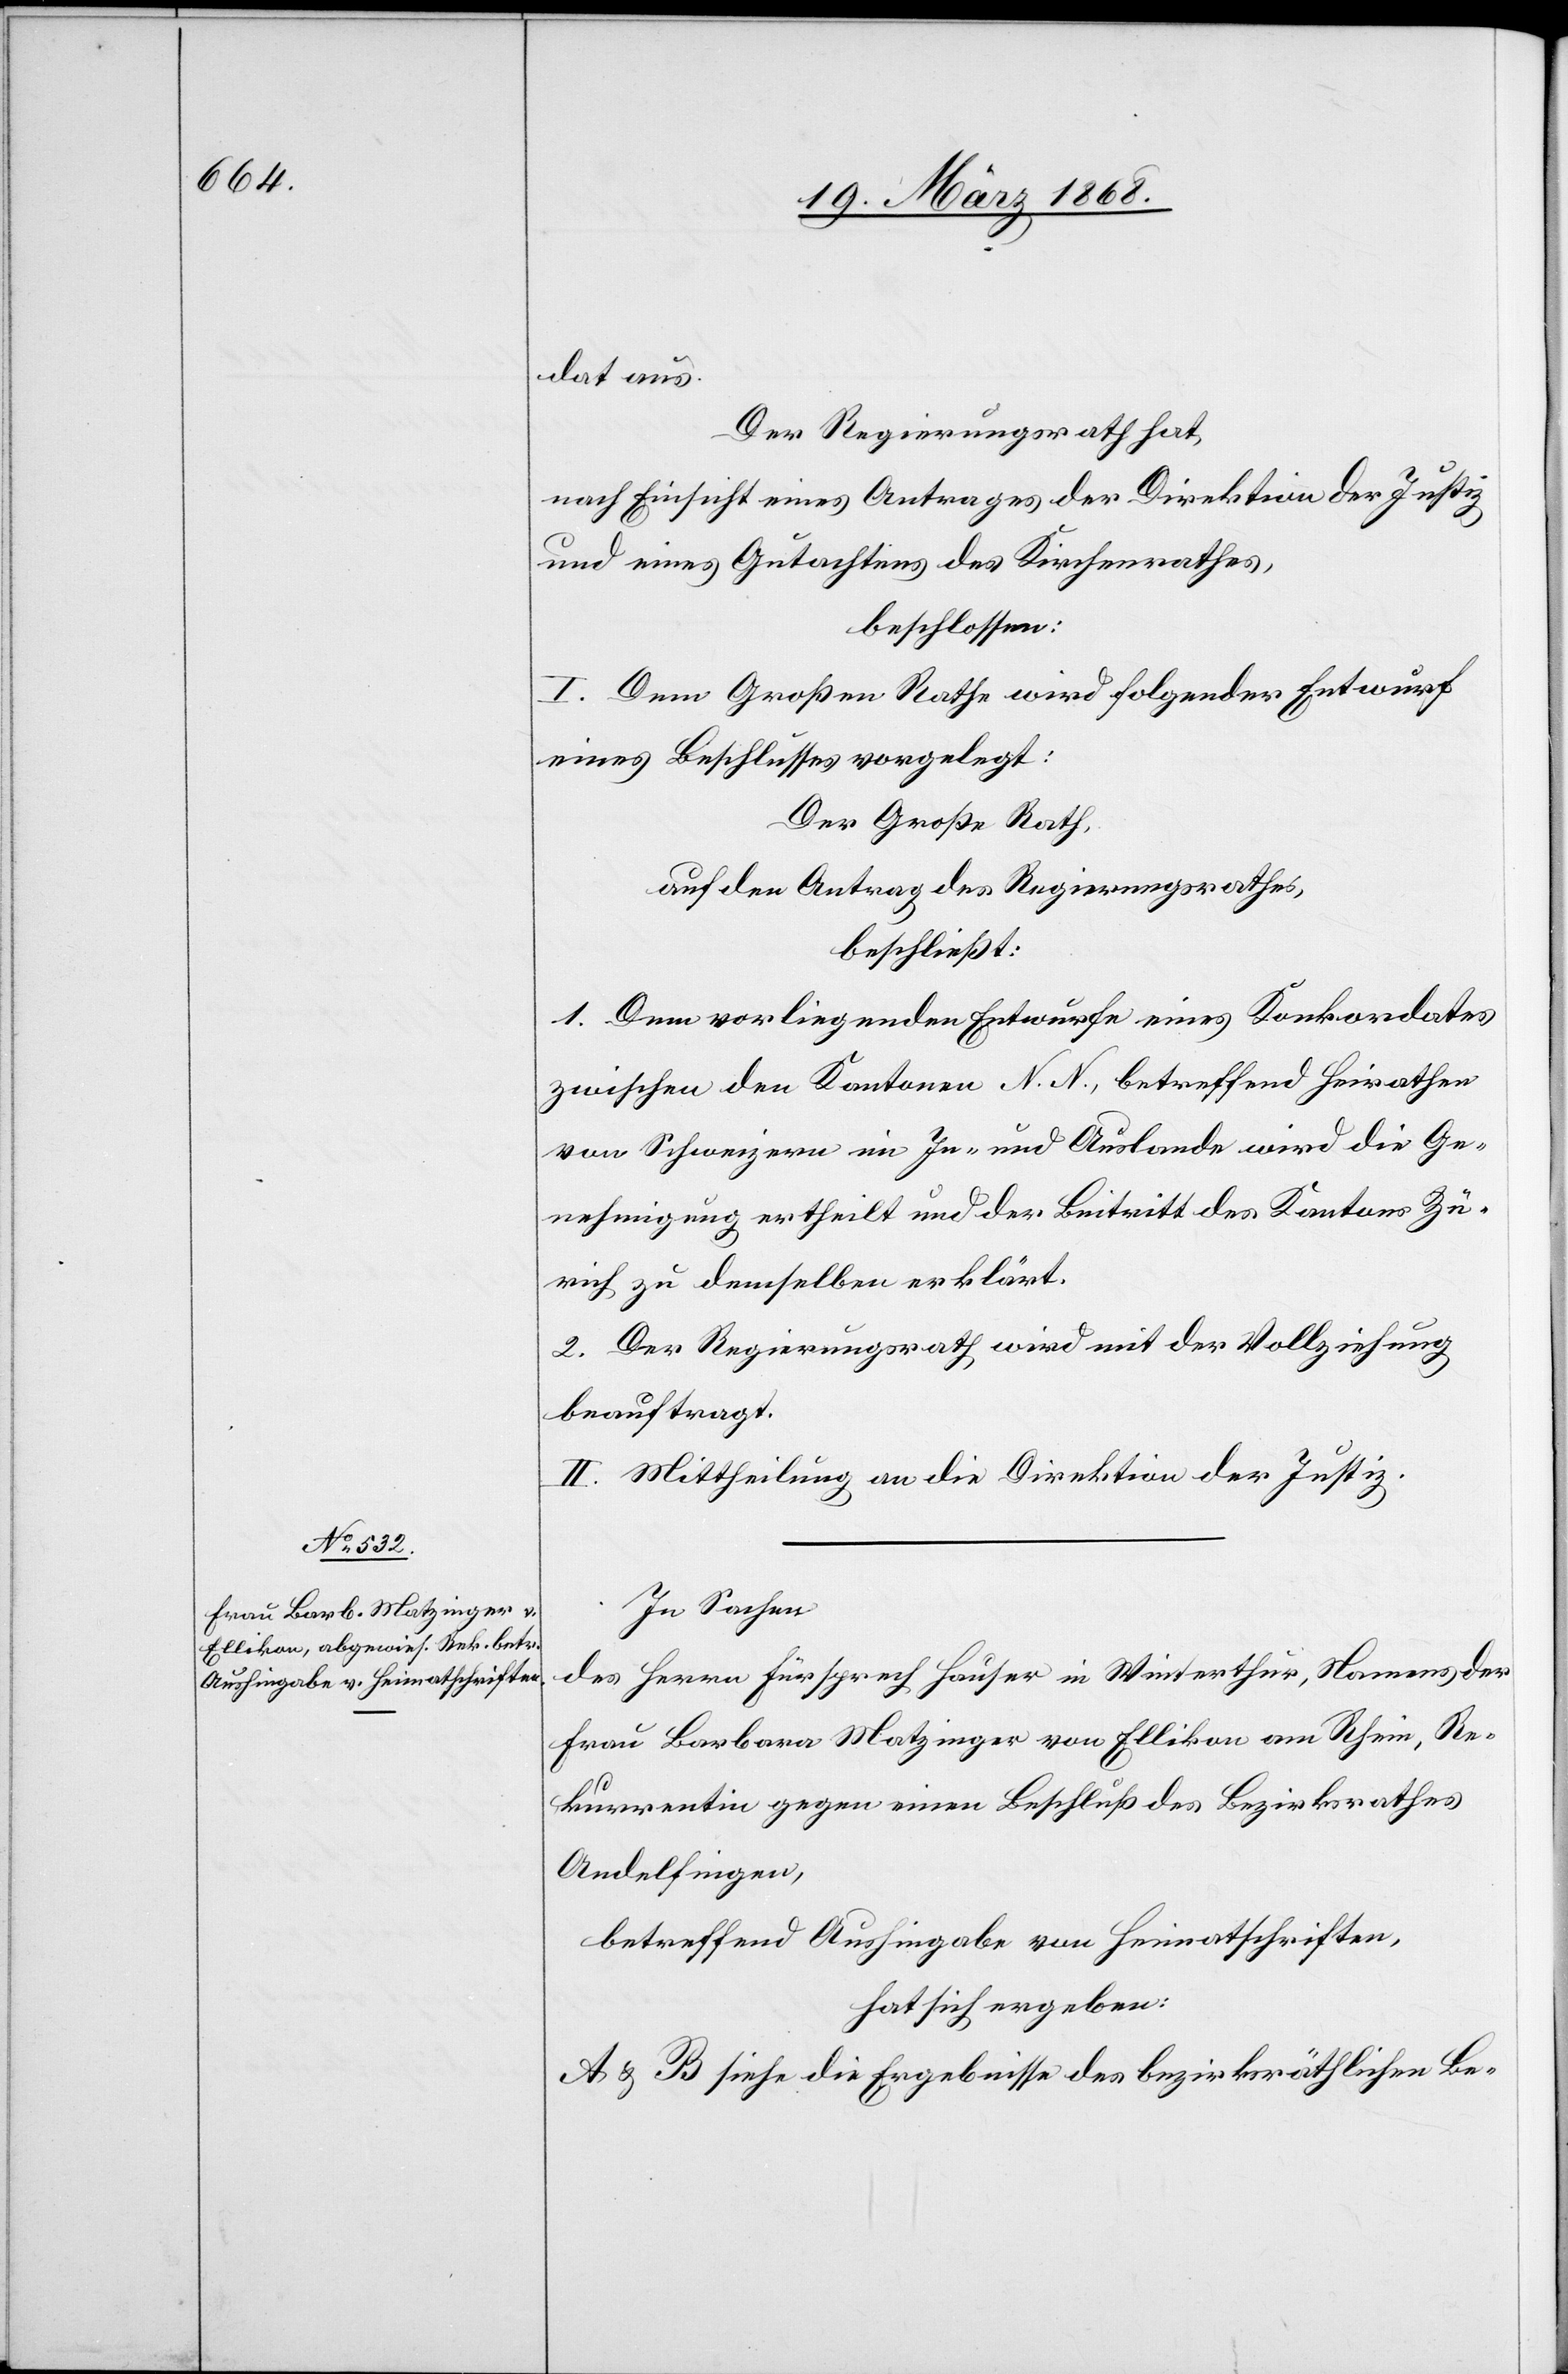
dat aus.
Der Regierungsrath hat,
nach Einsicht eines Antrages der Direktion der Justiz
und eines Gutachtens des Kirchenrathes,
beschlossen:
I. Dem Großen Rathe wird folgender Entwurf
eines Beschlusses vorgelegt:
Der Große Rath,
auf den Antrag des Regierungsrathes,
beschließt:
1. Dem vorliegenden Entwurfe eines Konkordates
zwischen den Kantonen N. N., betreffend Heirathen
von Schweizern im In- und Auslande wird die Ge¬
nehmigung ertheilt und der Beitritt des Kantons Zü¬
rich zu demselben erklärt.
2. Der Regierungsrath wird mit der Vollziehung
beauftragt.
II. Mittheilung an die Direktion der Justiz.
In Sachen
des Herrn Fürsprech Hauser in Winterthur, Namens der
Frau Barbara Matzinger von Ellikon am Rhein, Re¬
kurrentin gegen einen Beschluß des Bezirksrathes
Andelfingen,
betreffend Aushingabe von Heimatschriften,
hat sich ergeben:
A & B siehe die Ergebnisse des bezirksräthlichen Be-